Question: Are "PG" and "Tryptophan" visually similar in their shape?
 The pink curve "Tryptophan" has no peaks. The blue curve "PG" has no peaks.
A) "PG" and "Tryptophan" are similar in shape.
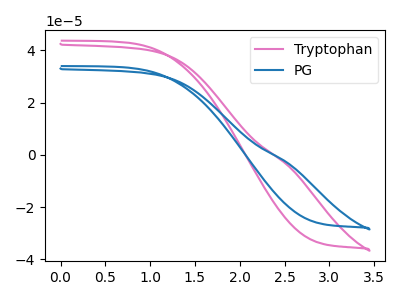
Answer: <think>Neither "PG" or "Tryptophan" have any peaks.
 </think>
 <answer>A) "PG" and "Tryptophan" are similar in shape.</answer>
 <eval>A</eval>